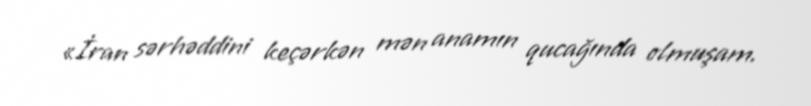
«İran sərhəddini keçərkən mən anamın qucağında olmuşam.